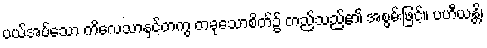
ပယ်အပ်သော ကိလေသာနှင့်တကွ တခုသောစိတ်၌ တည်သည်၏ အစွမ်းဖြင့်။ ပဟီယန္တိ၊